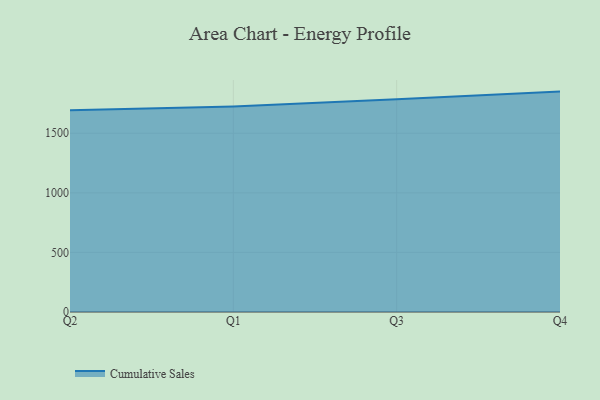
{"axis": {"x": "Quarter", "y": "Demand Index"}, "legend": ["Cumulative Sales"], "data": [{"x": "Q2", "y": 1693.2, "type": "Cumulative Sales"}, {"x": "Q1", "y": 1725.5, "type": "Cumulative Sales"}, {"x": "Q3", "y": 1785.0, "type": "Cumulative Sales"}, {"x": "Q4", "y": 1849.9, "type": "Cumulative Sales"}]}